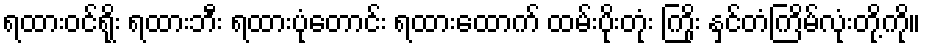
ရထားဝင်ရိုး ရထားဘီး ရထားပုံတောင်း ရထားထောက် ထမ်းပိုးတုံး ကြိုး နှင်တံကြိမ်လုံးတို့ကို။